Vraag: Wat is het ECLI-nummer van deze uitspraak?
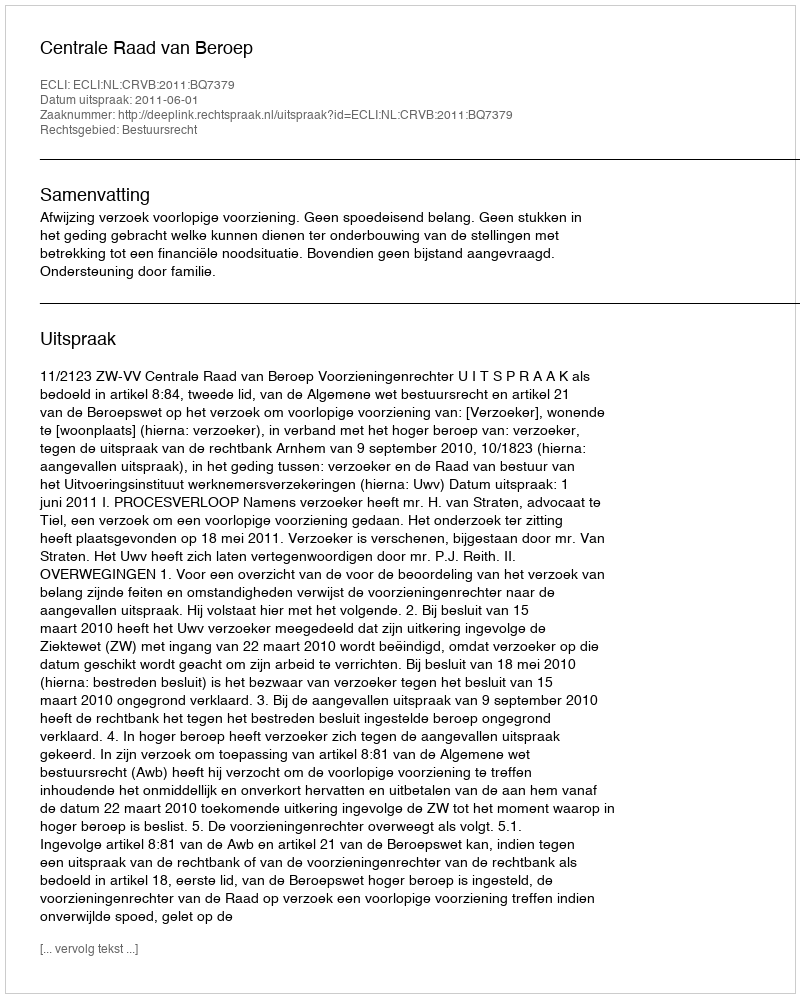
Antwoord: ECLI:NL:CRVB:2011:BQ7379